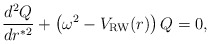
\begin{align*}{{d^2 Q} \over { d {r^*}^2}} + \left ( \omega^2 - V_{\rm RW}(r) \right ) Q =0,\end{align*}